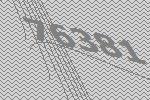
76381